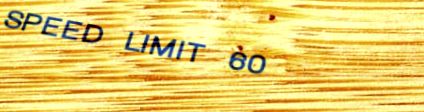
SPEED LIMIT 60